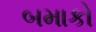
બમાકો